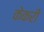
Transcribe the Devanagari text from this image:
केकरी